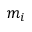
m _ { i }